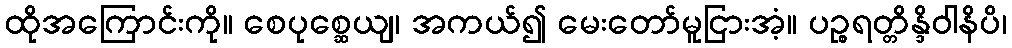
ထိုအကြောင်းကို။ စေပုစ္ဆေယျ၊ အကယ်၍ မေးတော်မူငြားအံ့။ ပဉ္စရတ္တိန္ဒိဝါနိပိ၊